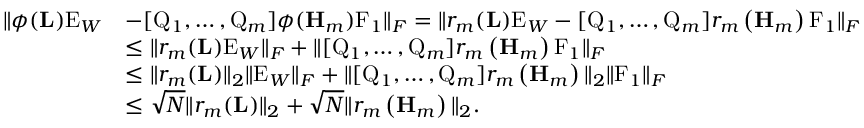
\begin{array} { r l } { \| \phi ( \mathbf { L } ) \mathrm { E } _ { W } } & { - [ \mathrm { Q } _ { 1 } , \ldots , \mathrm { Q } _ { m } ] \phi ( \mathbf { H } _ { m } ) \mathrm { F } _ { 1 } \| _ { F } = \| r _ { m } ( \mathbf { L } ) \mathrm { E } _ { W } - [ \mathrm { Q } _ { 1 } , \ldots , \mathrm { Q } _ { m } ] r _ { m } \left( \mathbf { H } _ { m } \right) \mathrm { F } _ { 1 } \| _ { F } } \\ & { \leq \| r _ { m } ( \mathbf { L } ) \mathrm { E } _ { W } \| _ { F } + \| [ \mathrm { Q } _ { 1 } , \ldots , \mathrm { Q } _ { m } ] r _ { m } \left( \mathbf { H } _ { m } \right) \mathrm { F } _ { 1 } \| _ { F } } \\ & { \leq \| r _ { m } ( \mathbf { L } ) \| _ { 2 } \| \mathrm { E } _ { W } \| _ { F } + \| [ \mathrm { Q } _ { 1 } , \ldots , \mathrm { Q } _ { m } ] r _ { m } \left( \mathbf { H } _ { m } \right) \| _ { 2 } \| \mathrm { F } _ { 1 } \| _ { F } } \\ & { \leq \sqrt { N } \| r _ { m } ( \mathbf { L } ) \| _ { 2 } + \sqrt { N } \| r _ { m } \left( \mathbf { H } _ { m } \right) \| _ { 2 } . } \end{array}